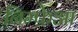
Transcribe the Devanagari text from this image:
निम्फ़ेआ